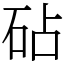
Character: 砧